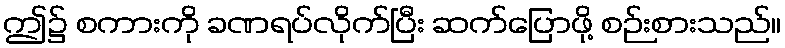
ဤ၌ စကားကို ခဏရပ်လိုက်ပြီး ဆက်ပြောဖို့ စဉ်းစားသည်။